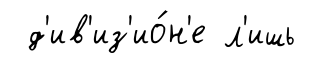
д'ив'из'ио́н'е л'ишь